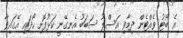
އެ ބޯޓު ވެއްޓެން ދިމާވި އަސްލު ސަބަބު އެނގޭނީ ކަޅުފޮށި ހޯދައި އޭގައިވާ